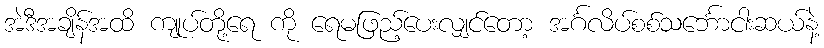
အဲဒီအချိန်အထိ ကျုပ်တို့ရေ ကို ရေမဖြည့်ပေးလျှင်တော့ အင်္ဂလိပ်စစ်သင်္ဘောငါးဆယ်နဲ့